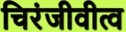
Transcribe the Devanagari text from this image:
चिरंजीवीत्व